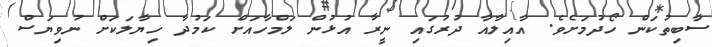
ސާބިތުކަން ހޯދުމަށެވެ. އާއިލާއާ ދުރުގައި ނީރާ އުޅުން ލަމްހާއަށް ކަމުދާ ހިޔާލަކަށް ނުވިޔަސް